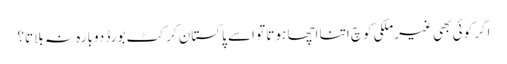
اگر کوئی بھی غیرملکی کوچ اتنا اچھا ہوتا تو اسے پاکستان کرکٹ بورڈ دوبارہ نہ بلاتا؟